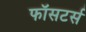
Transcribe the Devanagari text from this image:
फॉसटर्स